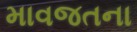
માવજતના